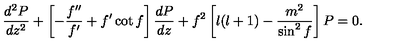
\frac { d ^ { 2 } P } { d z ^ { 2 } } + \left[ - \frac { f ^ { \prime \prime } } { f ^ { \prime } } + f ^ { \prime } \cot f \right] \frac { d P } { d z } + f ^ { 2 } \left[ l ( l + 1 ) - \frac { m ^ { 2 } } { \sin ^ { 2 } f } \right] P = 0 .